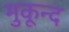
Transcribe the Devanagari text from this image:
मुकून्द